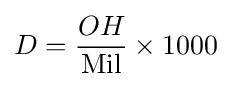
D={\frac {OH}{\text{Mil}}}\times 1000